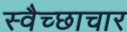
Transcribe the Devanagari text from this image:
स्‍वैच्‍छाचार